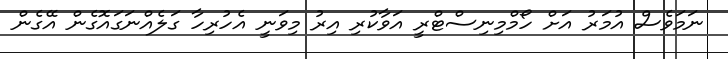
ނަމަވެސް އުމަރު އަށް ހޯމްމިނިސްޓްރީ އަވާކުރި އިރު މިވަނީ އެހުރިހާ ގަލެއްނަގައޮގެން އޭގެން